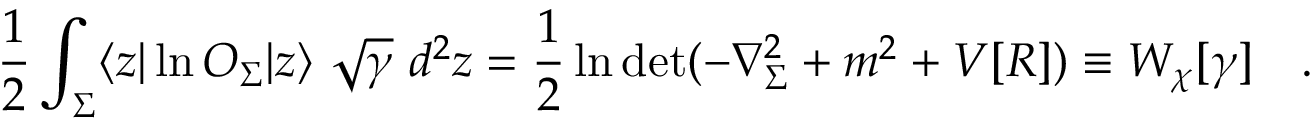
\frac 1 2 \int _ { \Sigma } \langle z | \ln O _ { \Sigma } | z \rangle ~ \sqrt { \gamma } ~ d ^ { 2 } z = \frac 1 2 \ln \operatorname * { d e t } ( - \nabla _ { \Sigma } ^ { 2 } + m ^ { 2 } + V [ { \cal R } ] ) \equiv W _ { \chi } [ \gamma ] ~ ~ ~ .